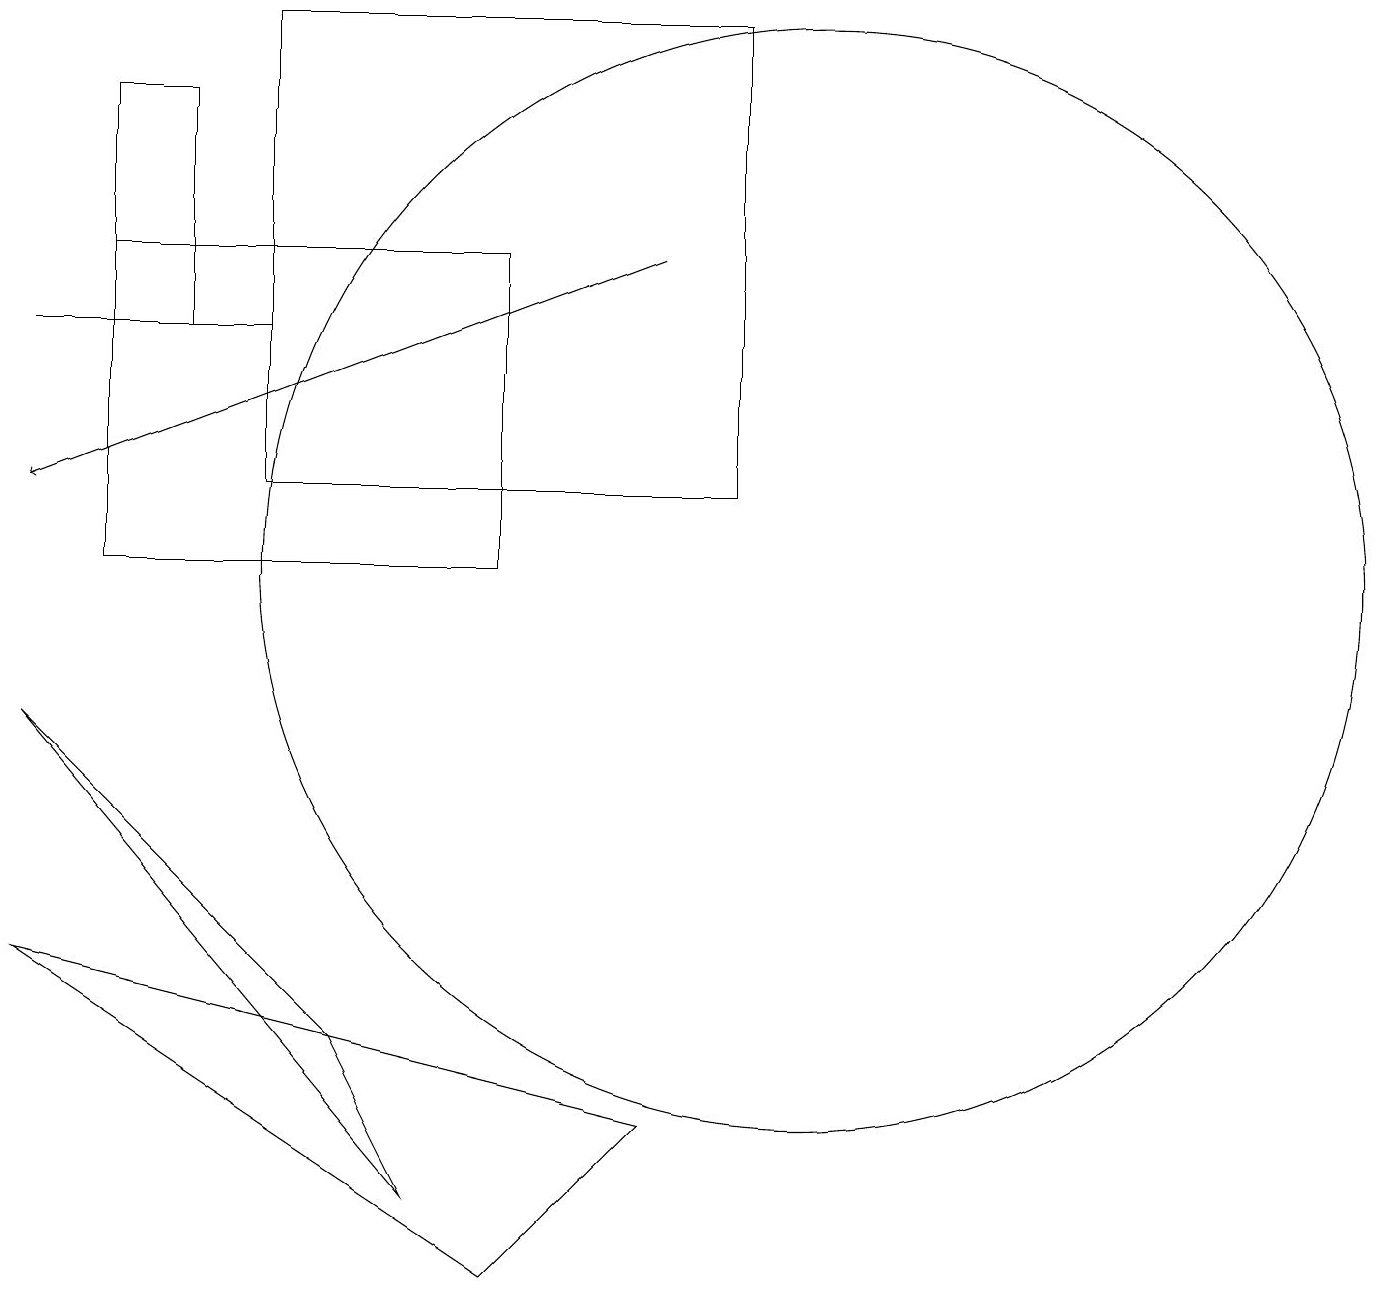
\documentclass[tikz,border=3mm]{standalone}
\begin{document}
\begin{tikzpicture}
\draw (5,2) -- (0,8) -- (4,4) -- cycle;
\draw (3,13) rectangle (0,13);
\draw (9,11) rectangle (3,17);
\draw[->] (8,14) -- (0,11);
\draw (10,10) circle (7);
\draw (2,16) rectangle (1,13);
\draw (8,3) -- (6,1) -- (0,5) -- cycle;
\draw (1,10) rectangle (6,14);
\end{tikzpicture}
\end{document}